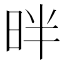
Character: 㫠